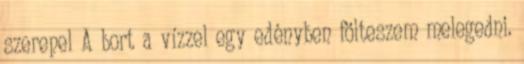
szerepel A bort a vízzel egy edényben fölteszem melegedni.